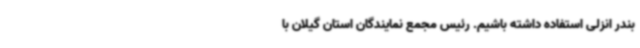
بندر انزلی استفاده داشته باشیم. رئیس مجمع نمایندگان استان گیلان با